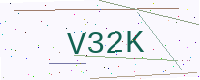
Text: V32K